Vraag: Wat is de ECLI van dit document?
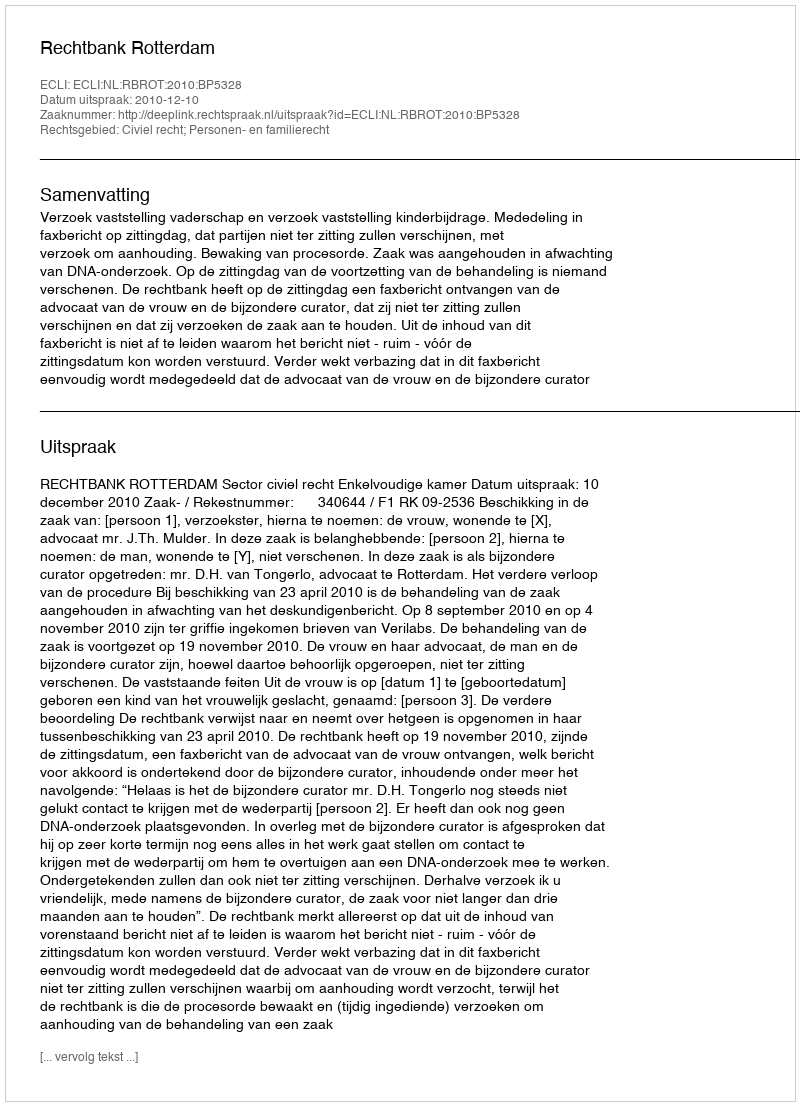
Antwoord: ECLI:NL:RBROT:2010:BP5328